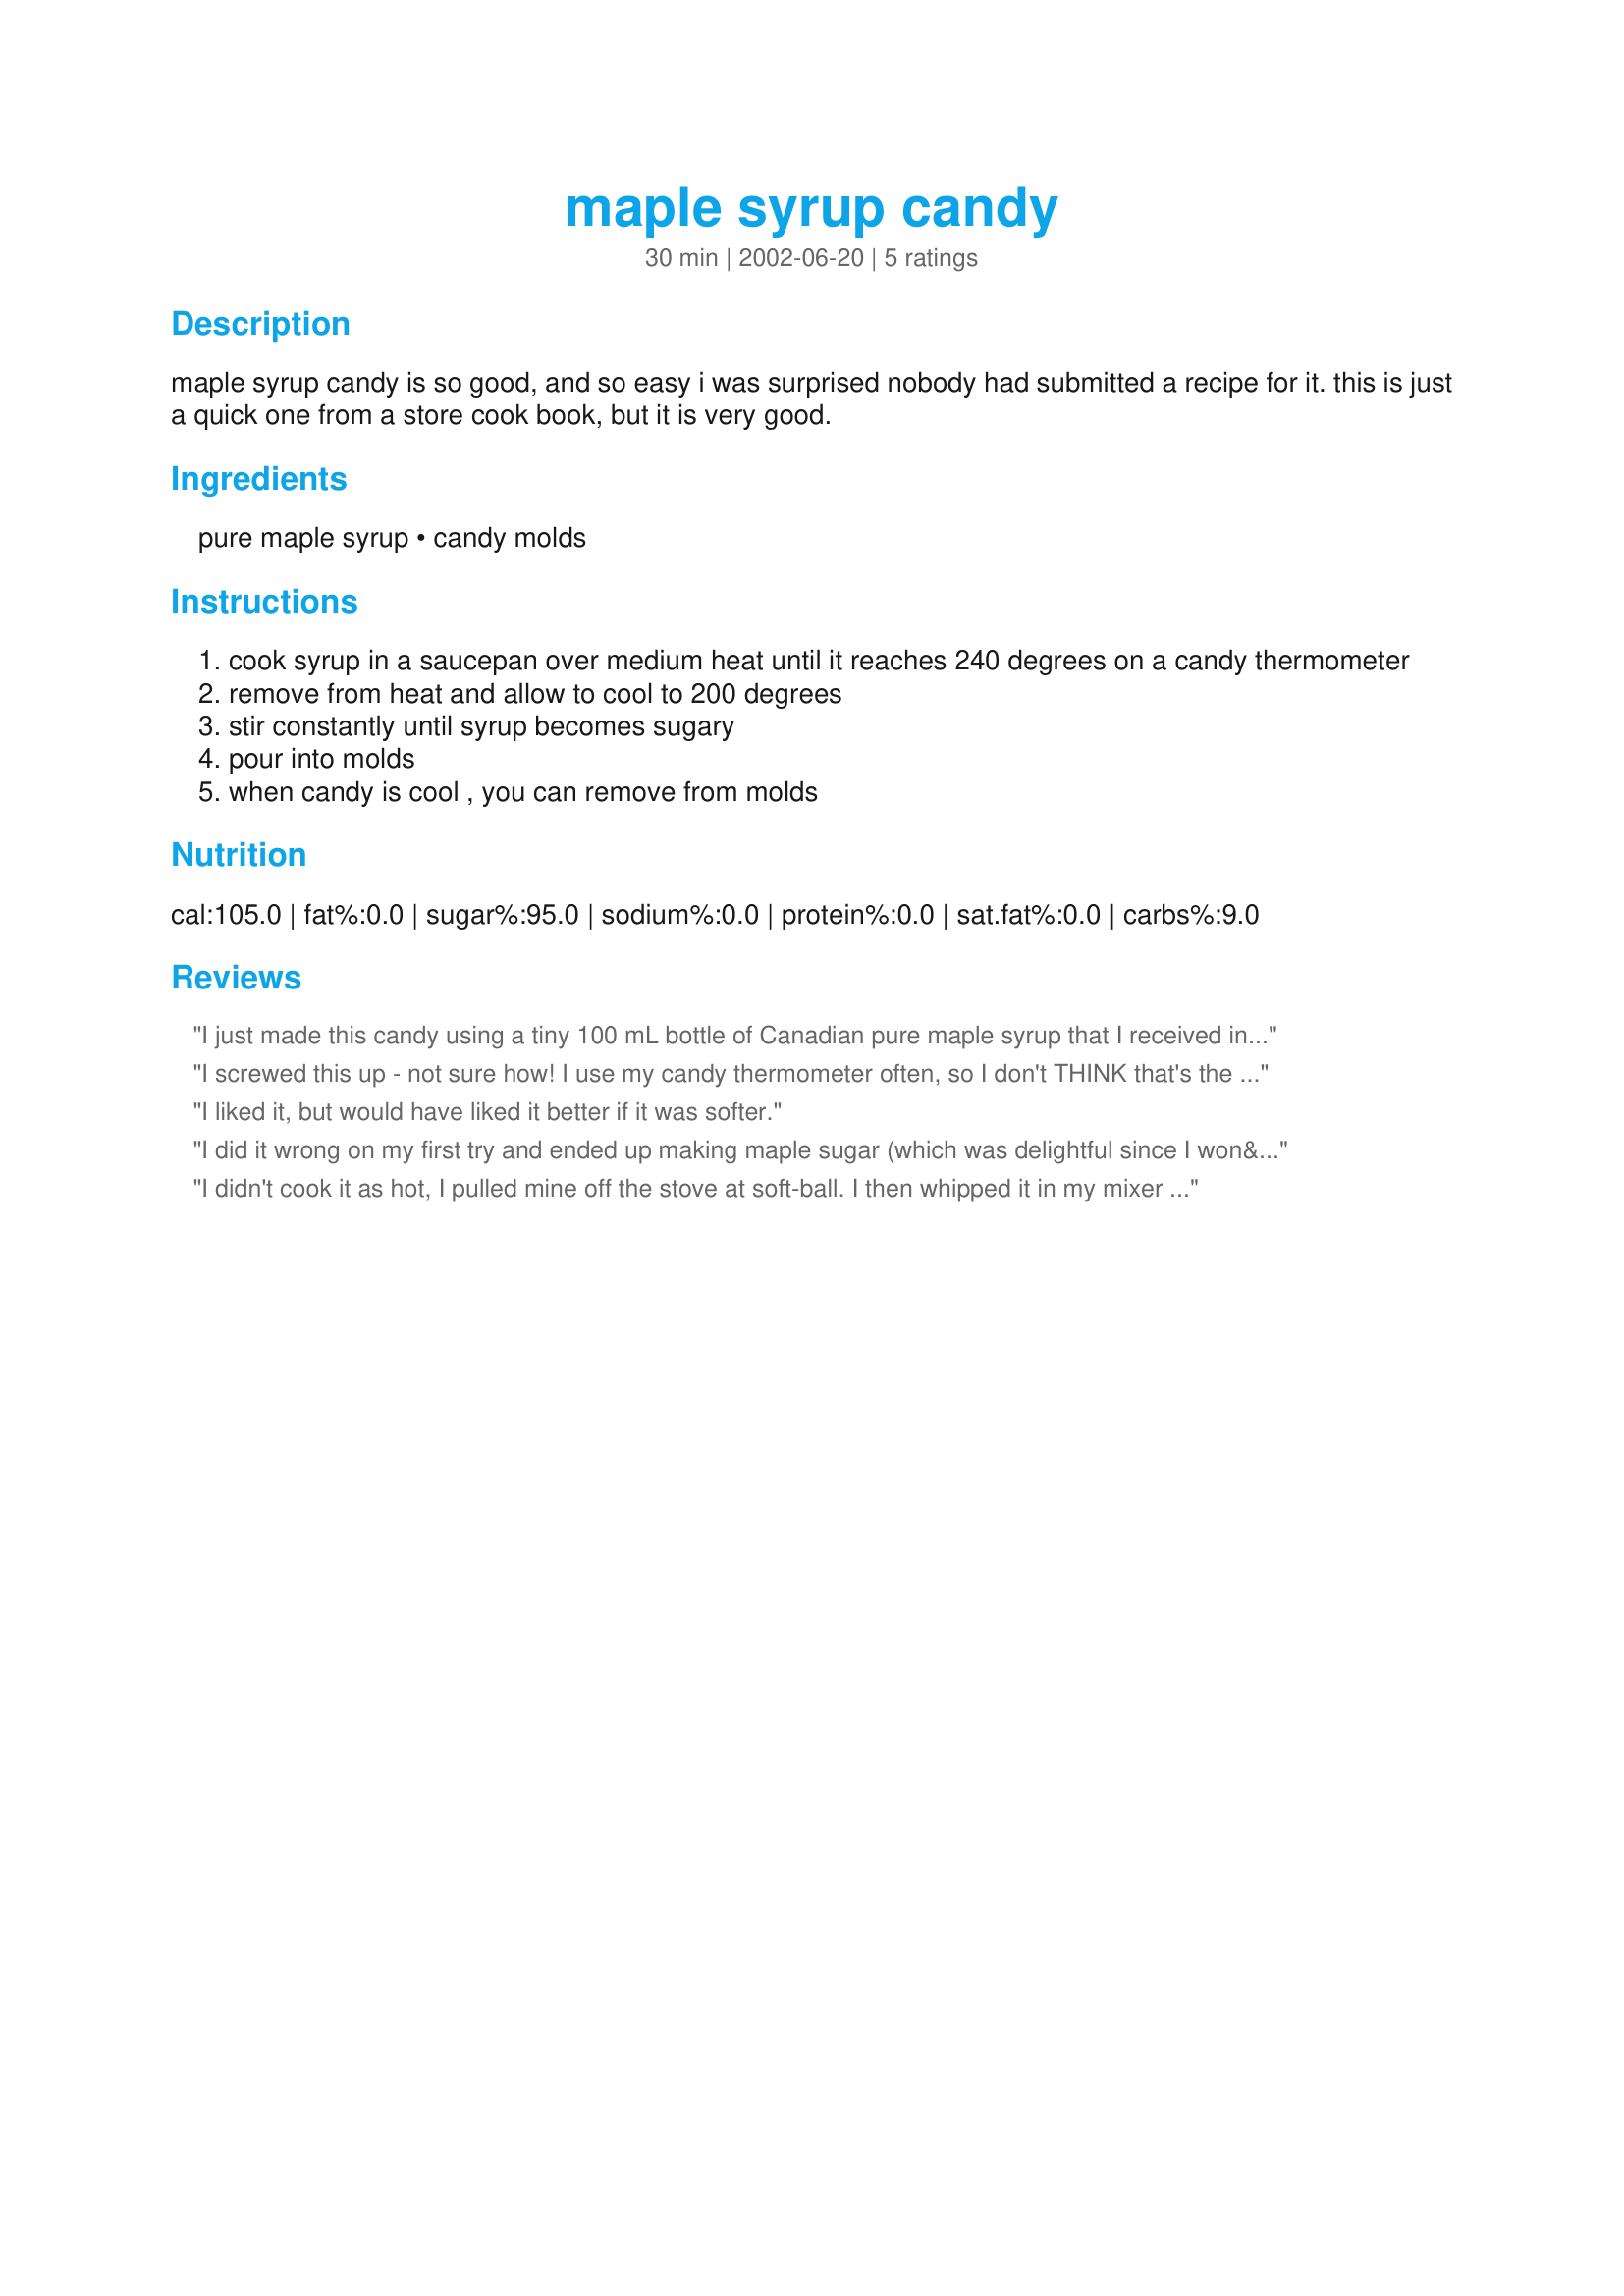
maple syrup candy
Preparation time: 30 minutes

maple syrup candy is so good, and so easy i was surprised nobody had submitted a recipe for it. this is just a quick one from a store cook book, but it is very good.

Ingredients:
pure maple syrup, candy molds

Steps:
cook syrup in a saucepan over medium heat until it reaches 240 degrees on a candy thermometer
remove from heat and allow to cool to 200 degrees
stir constantly until syrup becomes sugary
pour into molds
when candy is cool , you can remove from molds

Reviews:
I just made this candy using a tiny 100 mL bottle of Canadian pure maple syrup that I received in a food swap. (That's all I had, not 2 cups as recipe calls for) but I cooked it as directed. Started stirring it after it cooled to 200°, and stirred maybe 2-3 minutes. Once it started turning sugary, you have to be QUICK to get it into the mold before it hardens! I let it cool off in the mold for about 3 minutes and ate it. YUMMY! I've never had maple candy before but now I know what I've been missing. Thank you Kevin!!!
I screwed this up - not sure how! I use my candy thermometer often, so I don't THINK that's the problem... but my maple syrup stayed liquid - and I wasted about $10! I'm sure it was my fault, so I went ahead and gave it 5 stars so as not to throw the rating off...
I liked it, but would have liked it better if it was softer.
I did it wrong on my first try and ended up making maple sugar (which was delightful since I won&#039;t have to buy that again). My 2nd time, it worked great. Thank you for posting this!
I didn't cook it as hot, I pulled mine off the stove at soft-ball. I then whipped it in my mixer and added a little vanilla and butter, I formed little balls out of it and rolled them in powdered sugar! It was fun and very easy to make these into a maple cream candy that was kid and Failsafe/Feingold freindly! I find it alarming that parent give their young children hard candies as they can get stuck in their throats so easily, that is why I made this into a soft, melt in your mouth, creamy texture.
